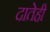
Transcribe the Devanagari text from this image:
दातेही